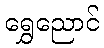
ရွှေညောင်